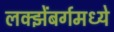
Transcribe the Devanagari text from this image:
लक्झेंबर्गमध्ये